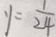
y = \frac { 1 } { 2 4 }